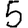
Digit: 5